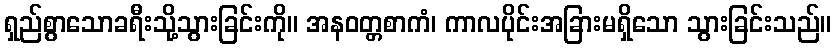
ရှည်စွာသောခရီးသို့သွားခြင်းကို။ အနဝတ္တစာကံ၊ ကာလပိုင်းအခြားမရှိသော သွားခြင်းသည်။